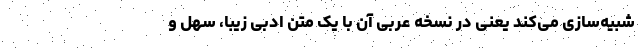
شبیه‌سازی می‌کند یعنی در نسخه عربی آن با یک متن ادبی زیبا، سهل‌ و